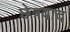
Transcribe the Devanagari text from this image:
छेत्रवाद